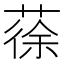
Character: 蒣